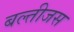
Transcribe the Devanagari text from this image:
बल्तीजस